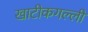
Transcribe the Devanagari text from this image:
खाटीकगल्ली